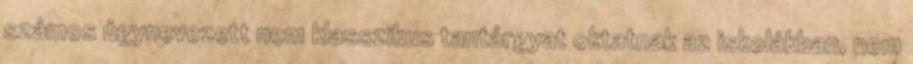
számos úgynevezett nem klasszikus tantárgyat oktatnak az iskolákban, nem